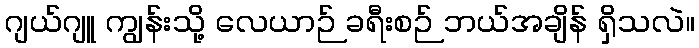
ဂျယ်ဂျူ ကျွန်းသို့ လေယာဉ် ခရီးစဉ် ဘယ်အချိန် ရှိသလဲ။